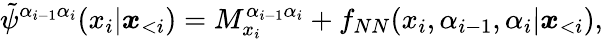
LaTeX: \tilde{\psi}^{\alpha_{i-1}\alpha_{i}}(x_{i}|\boldsymbol x_{<i})=M_{x_{i}}^{\alpha_{i-1}\alpha_{i}}+f_{NN}(x_{i},\alpha_{i-1},\alpha_{i}|\boldsymbol x_{<i}),